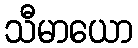
သီမာယော